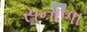
સનાળા